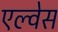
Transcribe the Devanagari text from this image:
एल्वेस